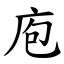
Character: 庖